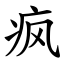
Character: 疯